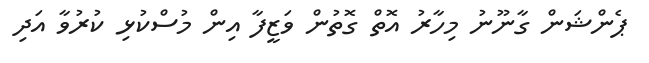
ޕެންޝަން ގާނޫނު މިހާރު އޮތް ގޮތުން ވަޒީފާ އިން މުސްކުޅި ކުރުވާ އަދި